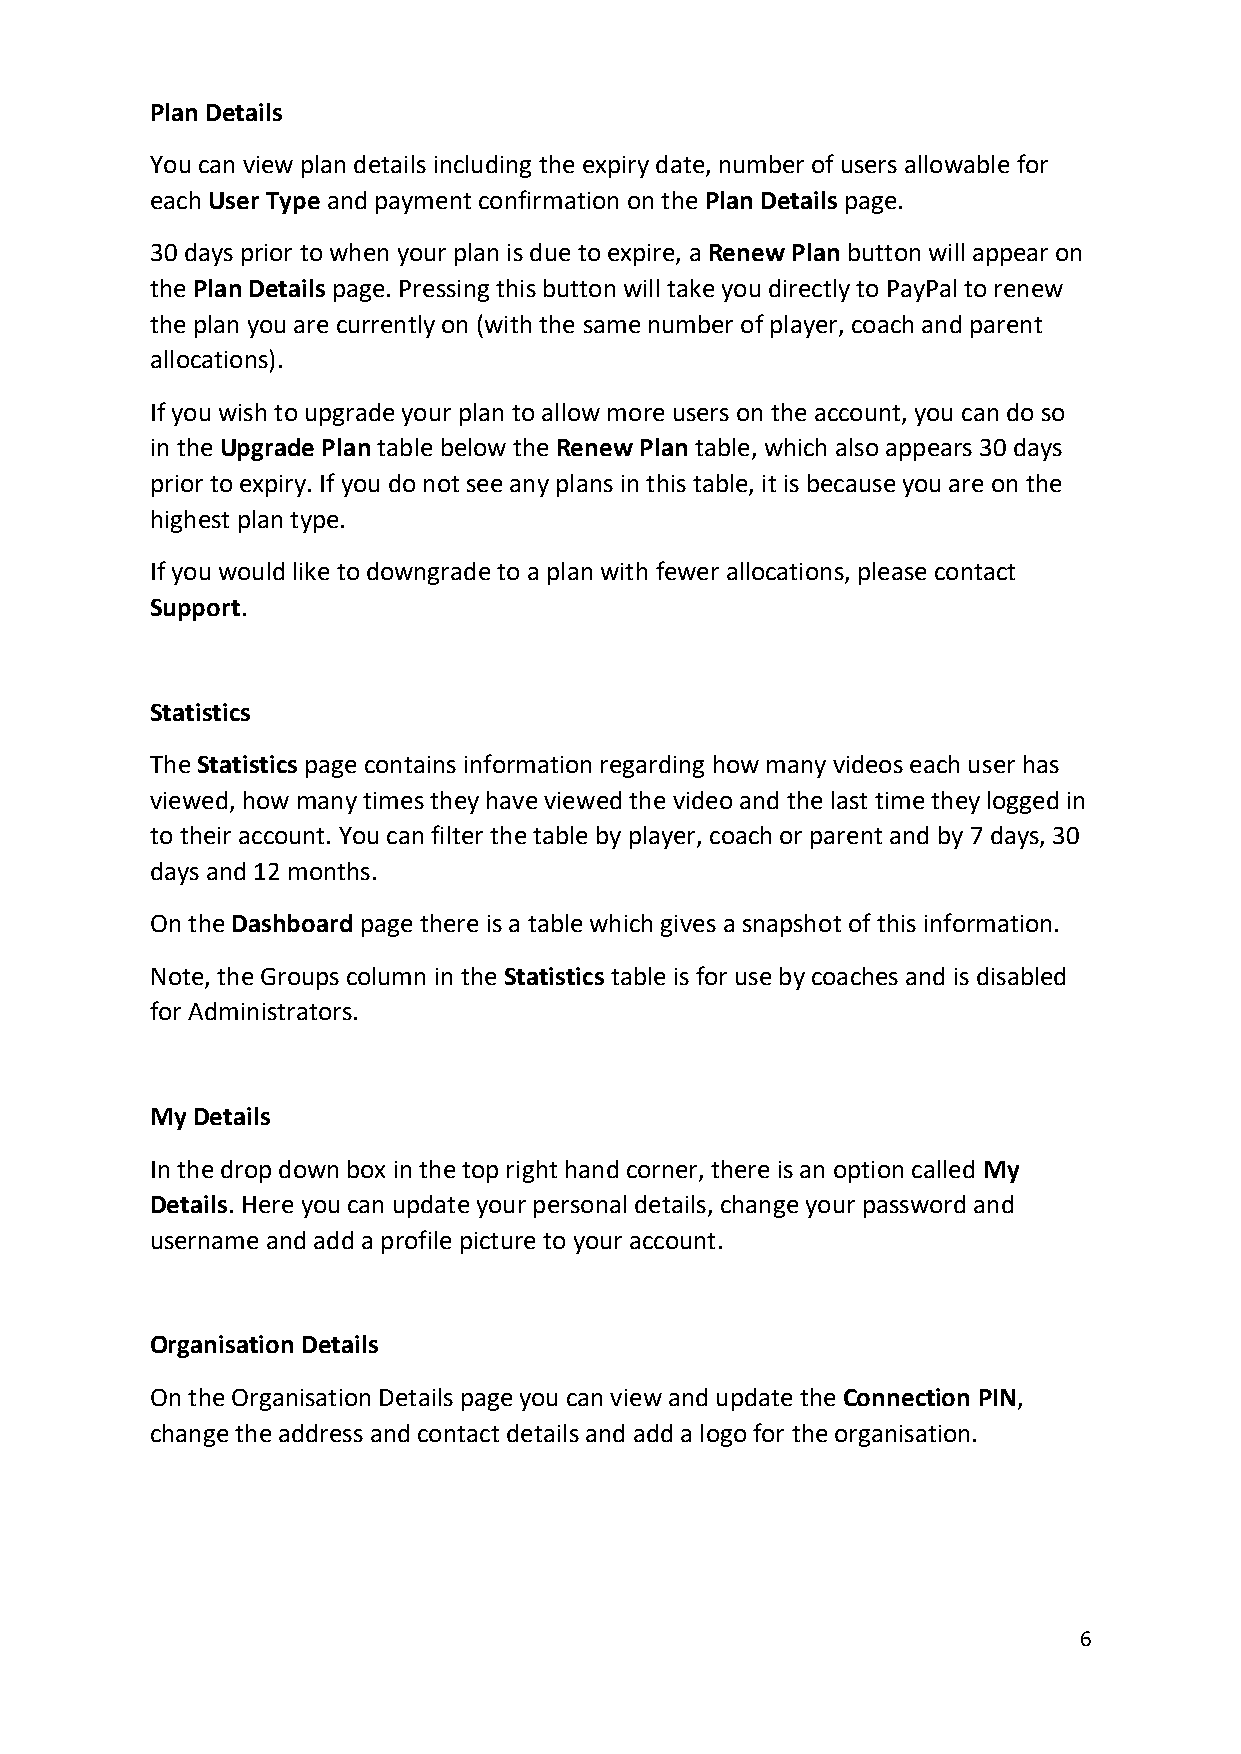
Plan Details
 You can view plan details including the expiry date, number of users allowable for
 each User Type and payment confirmation on the Plan Details page.
 30 days prior to when your plan is due to expire, a Renew Plan button will appear on
 the Plan Details page. Pressing this button will take you directly to PayPal to renew
 the plan you are currently on (with the same number of player, coach and parent
 allocations).
 If you wish to upgrade your plan to allow more users on the account, you can do so
 in the Upgrade Plan table below the Renew Plan table, which also appears 30 days
 prior to expiry. If you do not see any plans in this table, it is because you are on the
 highest plan type.
 If you would like to downgrade to a plan with fewer allocations, please contact
 Support.
 Statistics
 The Statistics page contains information regarding how many videos each user has
 viewed, how many times they have viewed the video and the last time they logged in
 to their account. You can filter the table by player, coach or parent and by 7 days, 30
 days and 12 months.
 On the Dashboard page there is a table which gives a snapshot of this information.
 Note, the Groups column in the Statistics table is for use by coaches and is disabled
 for Administrators.
 My Details
 In the drop down box in the top right hand corner, there is an option called My
 Details. Here you can update your personal details, change your password and
 username and add a profile picture to your account.
 Organisation Details
 On the Organisation Details page you can view and update the Connection PIN,
 change the address and contact details and add a logo for the organisation.
 6